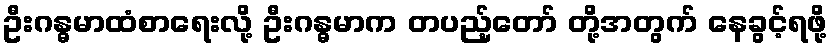
ဦးဂန္ဓမာထံစာရေးလို့ ဦးဂန္ဓမာက တပည့်တော် တို့အတွက် နေခွင့်ရဖို့